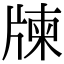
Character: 𤗛